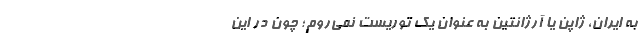
به ایران، ژاپن یا آرژانتین به عنوان یک توریست نمی‌روم؛ چون در این